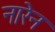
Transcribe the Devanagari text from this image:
नारेन